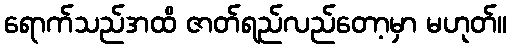
ရောက်သည်အထိ ဇာတ်ရည်လည်တော့မှာ မဟုတ်။